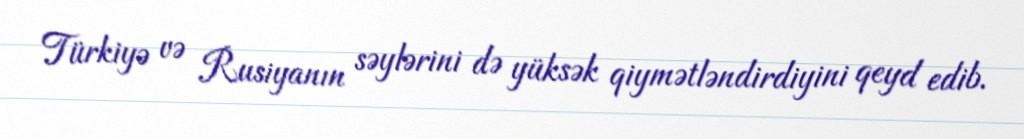
Türkiyə və Rusiyanın səylərini də yüksək qiymətləndirdiyini qeyd edib.